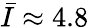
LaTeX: \bar{I}\approx 4.8